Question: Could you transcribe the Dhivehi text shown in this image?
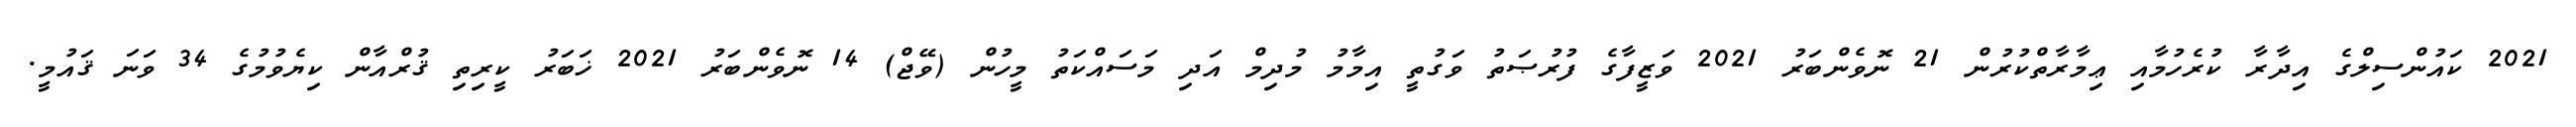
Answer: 2021 ކައުންސިލްގެ އިދާރާ ކުރެހުމާއި ޢިމާރާތްކުރުން 21 ނޮވެންބަރު 2021 ވަޒީފާގެ ފުރުޞަތު ވަގުތީ އިމާމު މުދިމް އަދި މަސައްކަތު މީހުން (ވޭޖް) 14 ނޮވެންބަރު 2021 ޚަބަރު ކީރިތި ޤުރްއާން ކިޔެވުމުގެ 34 ވަނަ ޤައުމީ.